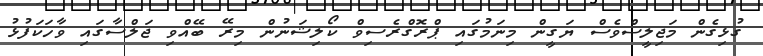
ގުޅިގެން މަޖިލީސްވެސް ޔަގީން މިނަމުގައި ޕްރޮގްރެސިވް ކޯލިޝަނުން މިރޭ ބޭއްވި ޖަލްސާގައި ވާހަކަފުޅު